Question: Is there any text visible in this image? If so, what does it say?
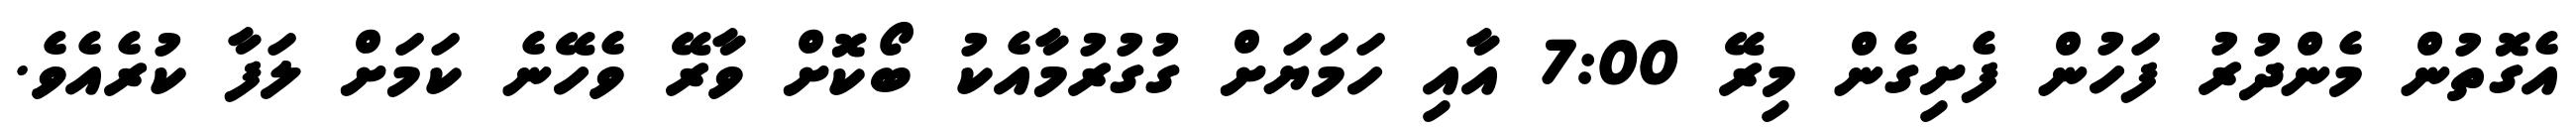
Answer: އެގޮތުން މެންދުރު ފަހުން ފެށިގެން މިރޭ 7:00 އާއި ހަމަޔަށް ގުގުރުމާއެކު ބޯކޮށް ވާރޭ ވެހޭނެ ކަމަށް ލަފާ ކުރެއެވެ.